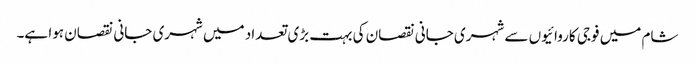
شام میں فوجی کاروائیوں سے شہری جانی نقصان کی بہت بڑی تعداد میں شہری جانی نقصان ہوا ہے۔